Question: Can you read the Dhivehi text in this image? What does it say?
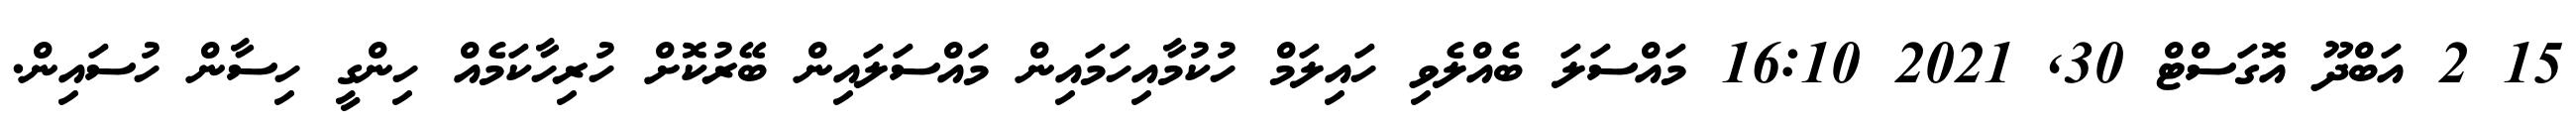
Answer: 15 2 އަބްދޫ އޮގަސްޓް 30, 2021 16:10 މައްސަލަ ބެއްލެވި ހައިލަމް ހުކުމާއިހަމައިން މައްސަލައިން ބޭރުކޮށް ހުރިހާކަމެއް ހިންގީ ހިސާން ހުސައިން.